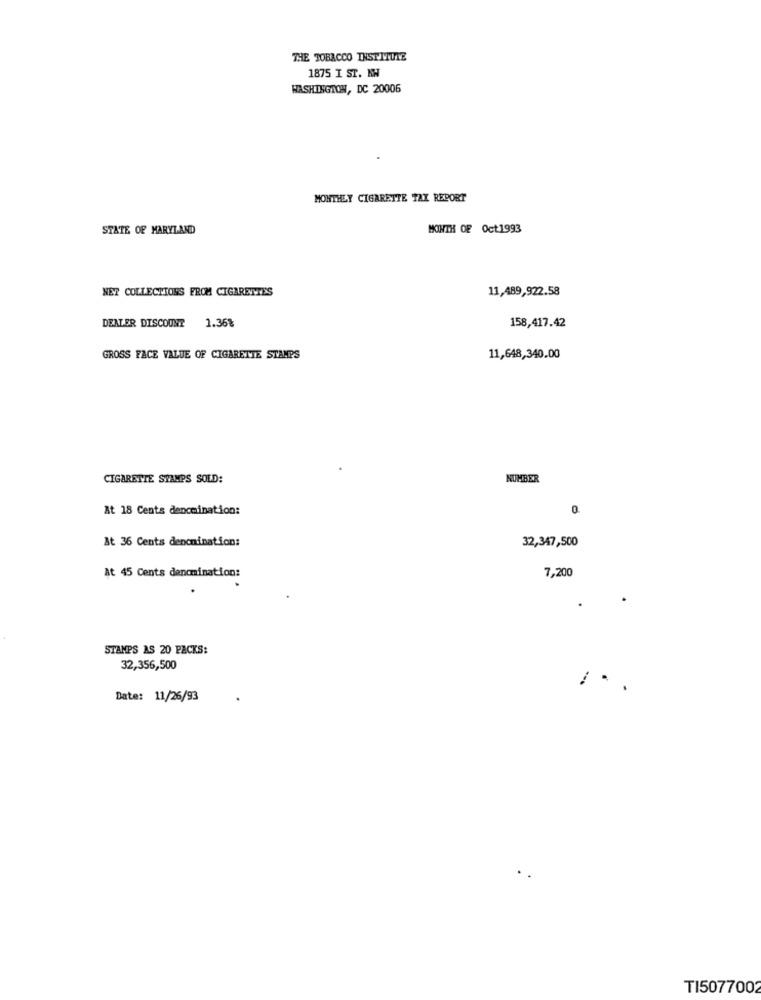
THE TOBACCO INSTITULE
1875 I ST. NW
WASHINGTON, DC 20006
MONTHLY CIGARETTE TAX REPORT
STATE OF MARYLAND
MONTH OF Oct1993
NET COLLECTIONS FROM CIGARETTES
11,489,922.58
158,417.42
DEALER DISCOUNT 1.36%
GROSS FACE VALUE OF CIGARETTE STAMPS
11,648,340.00
CIGARETTE STAMPS SOLD:
NUMBER
At 18 Cents dencmination:
0
&t 36 Cents denomination:
32,347,500
At 45 Cents dencmination:
7,200
STAMPS AS 20 PACKS:
32,356,500
Date: 11/26/93
TI507700